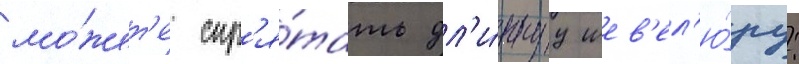
мо́жет'е спр'я́тать дл'и́ннуу шев'ел'ю́ру: